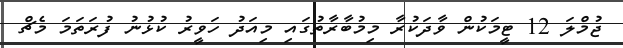
ޖުމްލަ 12 ޓީމަކުން ވާދަކުރާ މިމުބާރާތުގައި މިއަދު ހަވީރު ކުޅުނު ފުރަތަމަ މެޗް